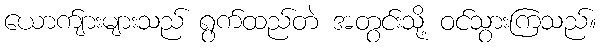
ယောက်ျားများသည် ရွက်ထည်တဲ အတွင်းသို့ ဝင်သွားကြသည်။